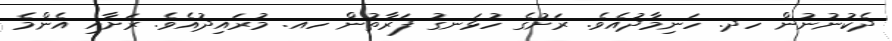
ދެކުނުނުން ހދ. ހަނިމާދުއެވެ. ރަށުގެ ހުޅަނގު ފަރާތުން ހއ. މުރައިދުއެވެ. ރަށާއި އެންމެ